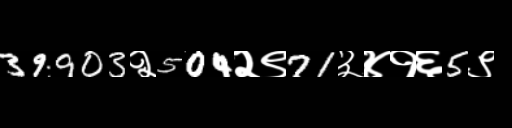
Text: 39903२504२९71३४१६5९